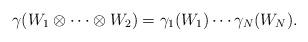
LaTeX: \begin{align*}\gamma(W_1\otimes\cdots\otimes W_2)=\gamma_1(W_1)\cdots\gamma_N(W_N).\end{align*}